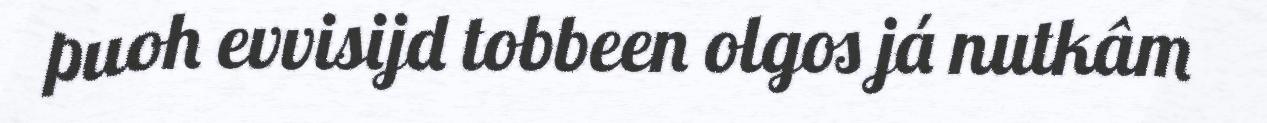
puoh evvisijd tobbeen olgos já nutkâm